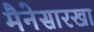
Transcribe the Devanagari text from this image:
मैनेसारखा